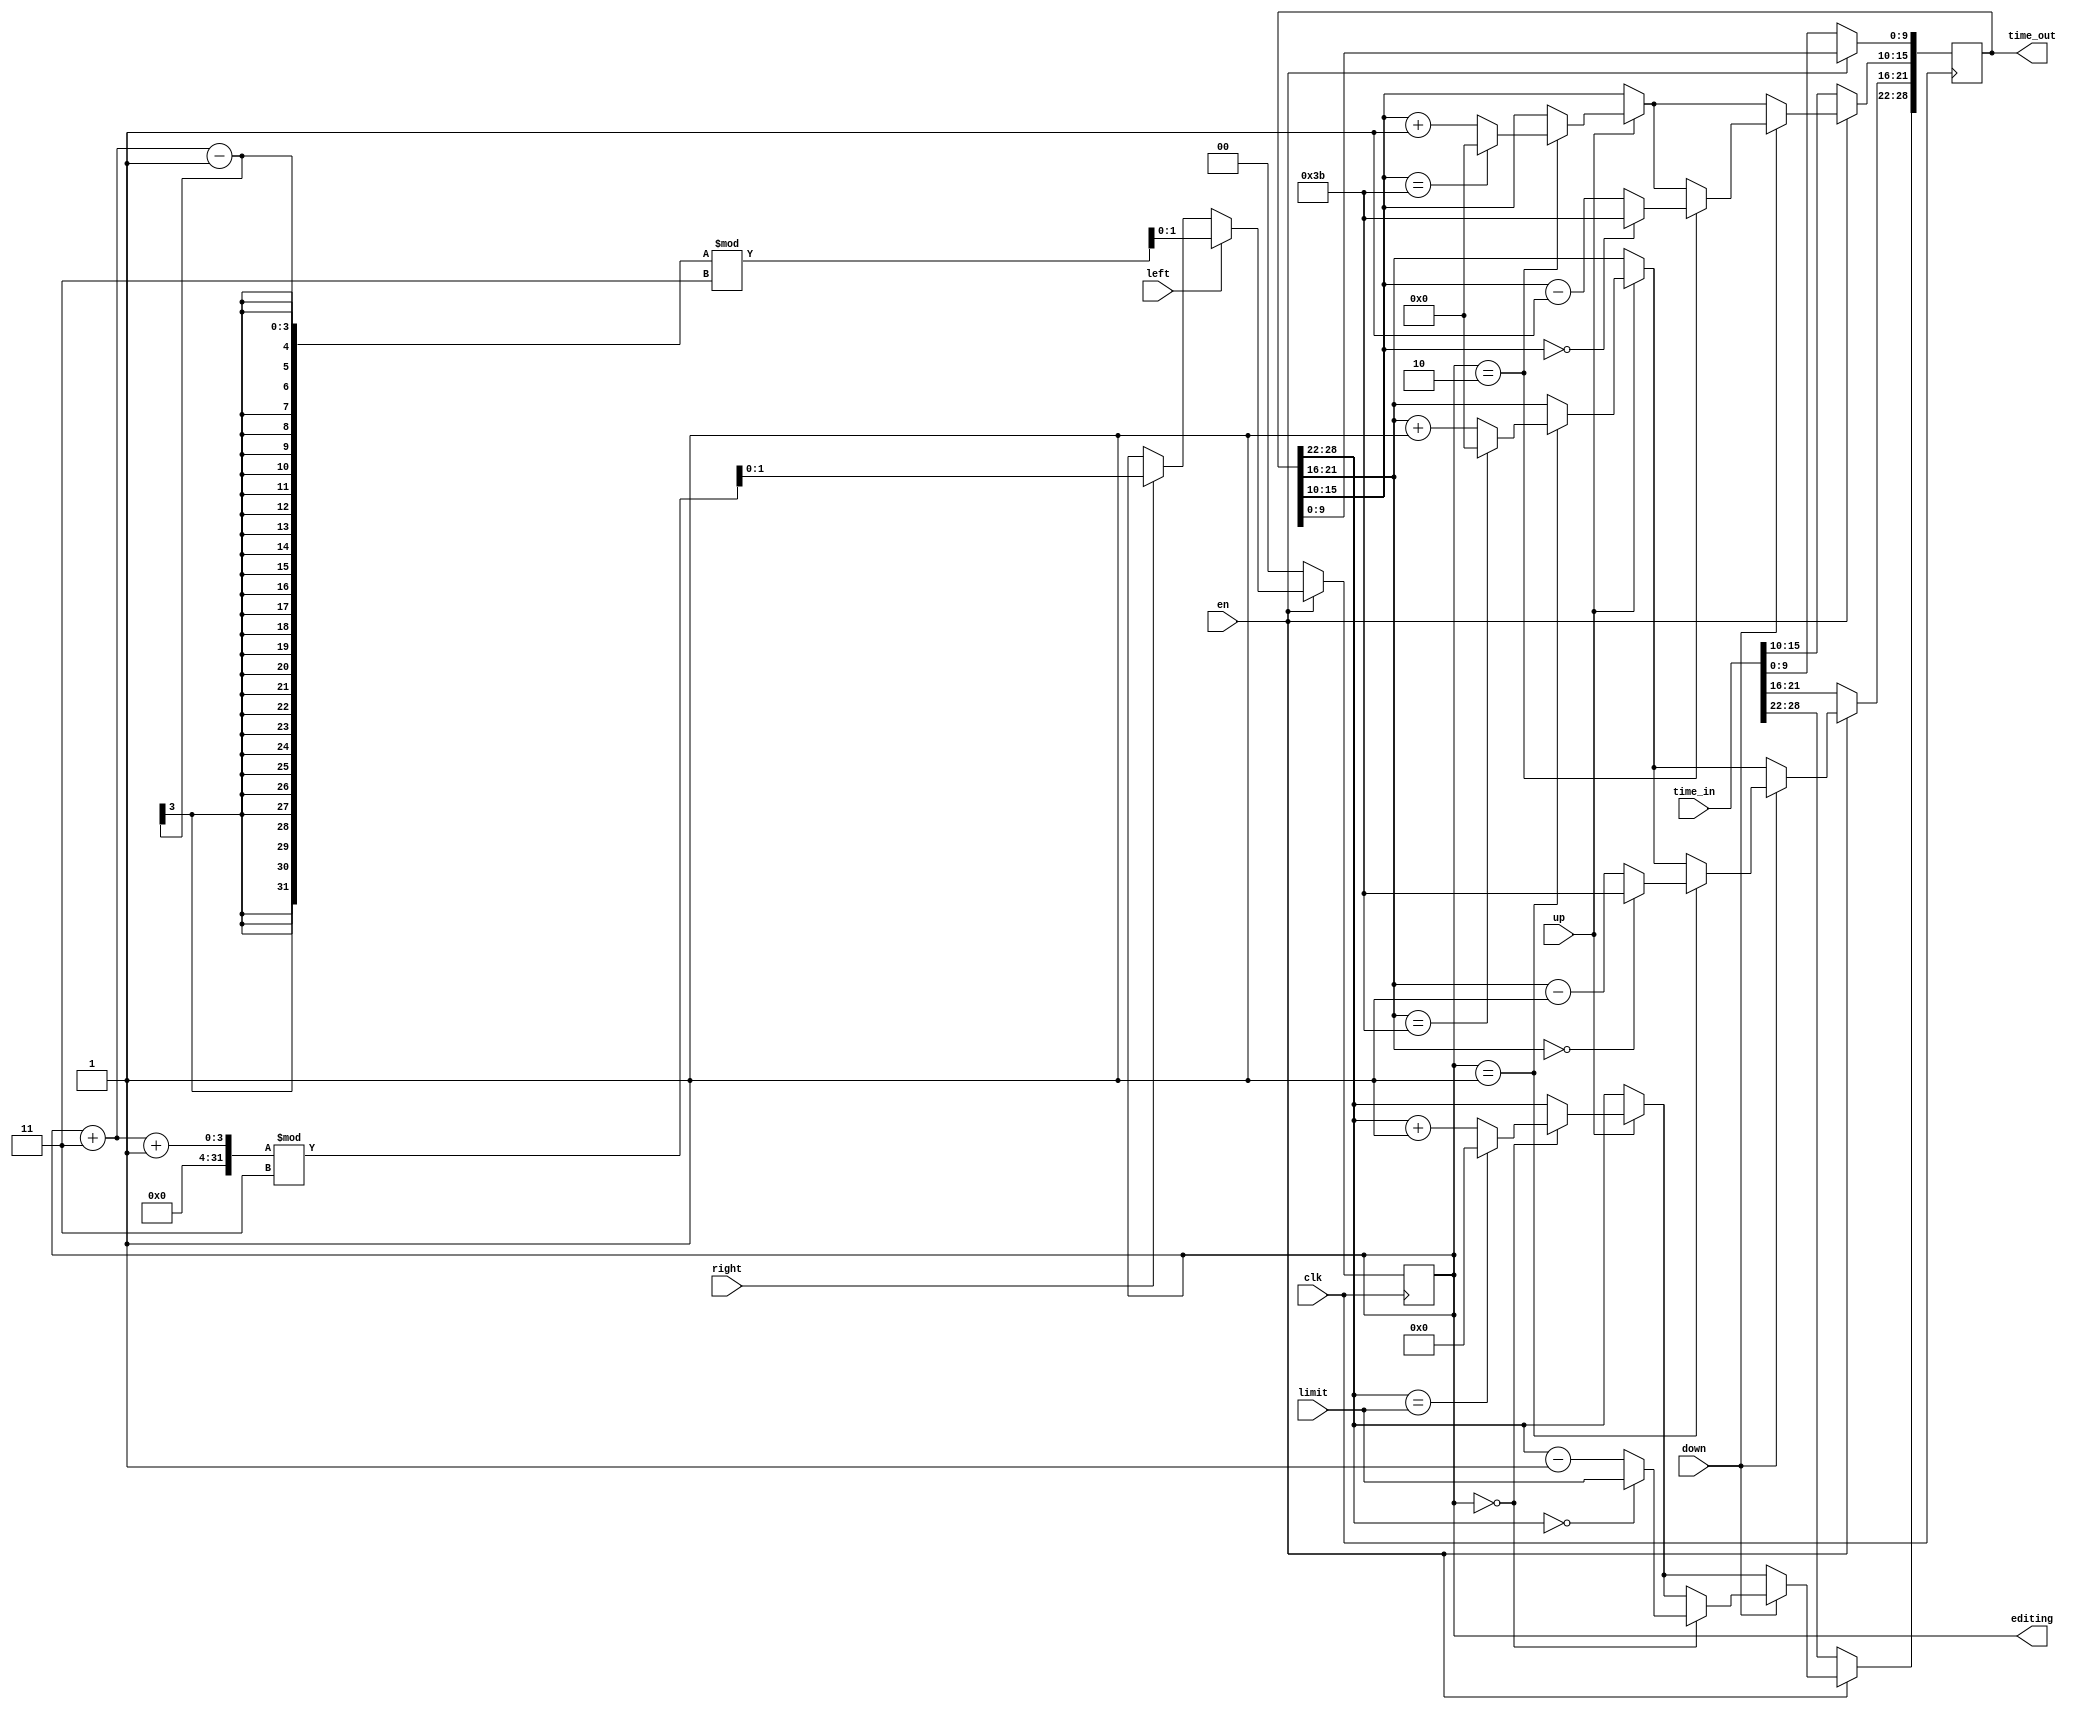
`timescale 1ns / 1ps
//////////////////////////////////////////////////////////////////////////////////
// Company: 
// Engineer: 
// 
// Design Name: 
// Module Name: edit
// Project Name: 
// Target Devices: 
// Tool Versions: 
// Description: 
// 
// Dependencies: 
// 
// Revision:
// Revision 0.01 - File Created
// Additional Comments:
// 
//////////////////////////////////////////////////////////////////////////////////


module edit(
    input clk,
    input en,
    input up,
    input down,
    input left,
    input right,
    input [6:0] limit,
    input [28:0] time_in,
    output reg [28:0] time_out,
    output reg [1:0] editing
    );
    always @ (posedge clk) begin
        if (!en) begin
            editing <= 0;
            time_out <= time_in;
        end else begin
            if (right) begin
                editing <= ((editing + 3) + 1) % 3;
            end
            if (left) begin
                editing <= ((editing + 3) - 1) % 3;
            end
            if (up) begin
                case (editing)
                    2'b00: begin
                        time_out[28:22] <= time_out[28:22] + 1;
                        if (time_out[28:22] == limit) begin
                            time_out[28:22] <= 0;
                        end
                    end
                    2'b01: begin
                        time_out[21:16] <= time_out[21:16] + 1;
                        if (time_out[21:16] == 59) begin
                            time_out[21:16] <= 0;
                        end
                    end
                    2'b10: begin
                        time_out[15:10] <= time_out[15:10] + 1;
                        if (time_out[15:10] == 59) begin
                            time_out[15:10] <= 0;
                        end
                    end
                endcase
            end
            if (down) begin
                case (editing)
                    2'b00: begin
                        time_out[28:22] <= time_out[28:22] - 1;
                        if (time_out[28:22] == 0) begin
                            time_out[28:22] <= limit;
                        end
                    end
                    2'b01: begin
                        time_out[21:16] <= time_out[21:16] - 1;
                        if (time_out[21:16] == 0) begin
                            time_out[21:16] <= 59;
                        end
                    end
                    2'b10: begin
                        time_out[15:10] <= time_out[15:10] - 1;
                        if (time_out[15:10] == 0) begin
                            time_out[15:10] <= 59;
                        end
                    end
                endcase
            end
        end
    end
endmodule